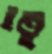
ইতু